Scottish Leaving Certificate Examination, 1958
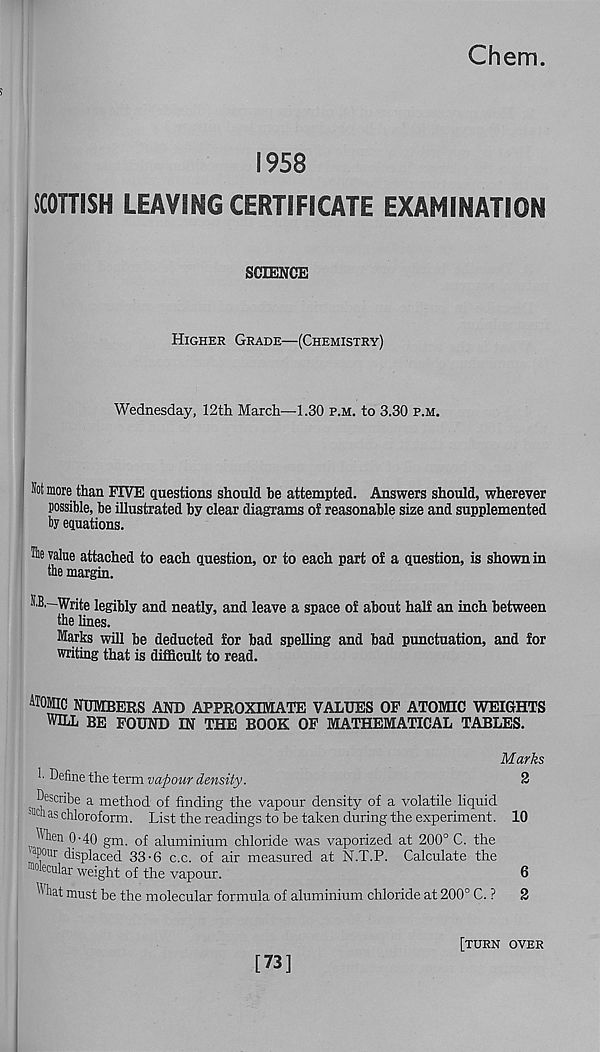
Chem.
1958
SCOTTISH LEAVING CERTIFICATE EXAMINATION
SCIENCE
Higher Grade—(Chemistry)
Wednesday, 12th March—1.30 p.m. to 3.30 p.m.
Not more than FIVE questions should he attempted. Answers should, wherever
possible, he illustrated hy clear diagrams of reasonable size and supplemented
by equations.
value attached to each question, or to each part of a question, is shown in
the margin.
N.B.—Write legihly and neatly, and leave a space of about half an inch between
the lines.
Marks will be deducted for bad spelling and bad punctuation, and for
writing that is difficult to read.
ATOMIC numbers and approximate values of atomic weights
WILL BE FOUND IN THE BOOK OF MATHEMATICAL TABLES.
Marks
h Define the term vapour density.
2
. T* esc ribe a method of finding the vapour density of a volatile liquid
as chloroform. List the readings to be taken during the experiment. 10
^hen 0-40 gm. of aluminium chloride was vaporized at 200° C. the
a pour displaced 33-6 c.c. of air measured at N.T.P. Calculate the
1110 ecu tar weight of the vapour.
6
^ hat must be the molecular formula of aluminium chloride at 200° C. ?
2
[73]
[turn over